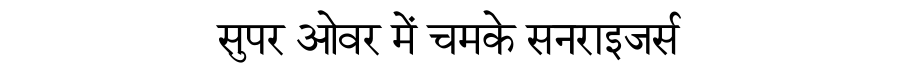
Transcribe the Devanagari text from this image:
सुपर ओवर में चमके सनराइजर्स